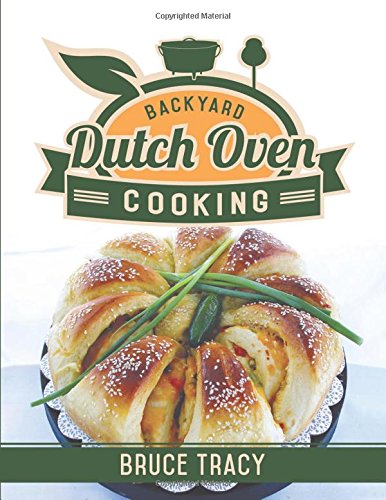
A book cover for Backyard Dutch Oven Cooking; Bruce Tracy; Cookbooks, Food & Wine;